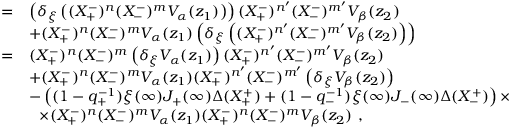
\begin{array} { r c l } { { } } & { { = } } & { { \left( \delta _ { \xi } \left( ( X _ { + } ^ { - } ) ^ { n } ( X _ { - } ^ { - } ) ^ { m } V _ { \alpha } ( z _ { 1 } ) \right) \right) ( X _ { + } ^ { - } ) ^ { n ^ { \prime } } ( X _ { - } ^ { - } ) ^ { m ^ { \prime } } V _ { \beta } ( z _ { 2 } ) } } \\ { { } } & { { } } & { { + ( X _ { + } ^ { - } ) ^ { n } ( X _ { - } ^ { - } ) ^ { m } V _ { \alpha } ( z _ { 1 } ) \left( \delta _ { \xi } \left( ( X _ { + } ^ { - } ) ^ { n ^ { \prime } } ( X _ { - } ^ { - } ) ^ { m ^ { \prime } } V _ { \beta } ( z _ { 2 } ) \right) \right) } } \\ { { } } & { { = } } & { { ( X _ { + } ^ { - } ) ^ { n } ( X _ { - } ^ { - } ) ^ { m } \left( \delta _ { \xi } V _ { \alpha } ( z _ { 1 } ) \right) ( X _ { + } ^ { - } ) ^ { n ^ { \prime } } ( X _ { - } ^ { - } ) ^ { m ^ { \prime } } V _ { \beta } ( z _ { 2 } ) } } \\ { { } } & { { } } & { { + ( X _ { + } ^ { - } ) ^ { n } ( X _ { - } ^ { - } ) ^ { m } V _ { \alpha } ( z _ { 1 } ) ( X _ { + } ^ { - } ) ^ { n ^ { \prime } } ( X _ { - } ^ { - } ) ^ { m ^ { \prime } } \left( \delta _ { \xi } V _ { \beta } ( z _ { 2 } ) \right) } } \\ { { } } & { { } } & { { - \left( ( 1 - q _ { + } ^ { - 1 } ) \xi ( \infty ) J _ { + } ( \infty ) \Delta ( X _ { + } ^ { + } ) + ( 1 - q _ { - } ^ { - 1 } ) \xi ( \infty ) J _ { - } ( \infty ) \Delta ( X _ { - } ^ { + } ) \right) \times } } \\ { { } } & { { } } & { { ~ ~ \times ( X _ { + } ^ { - } ) ^ { n } ( X _ { - } ^ { - } ) ^ { m } V _ { \alpha } ( z _ { 1 } ) ( X _ { + } ^ { - } ) ^ { n } ( X _ { - } ^ { - } ) ^ { m } V _ { \beta } ( z _ { 2 } ) ~ , } } \end{array}